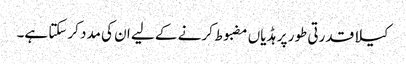
کیلا قدرتی طور پر ہڈیاں مضبوط کرنے کے لیے ان کی مدد کرسکتا ہے۔